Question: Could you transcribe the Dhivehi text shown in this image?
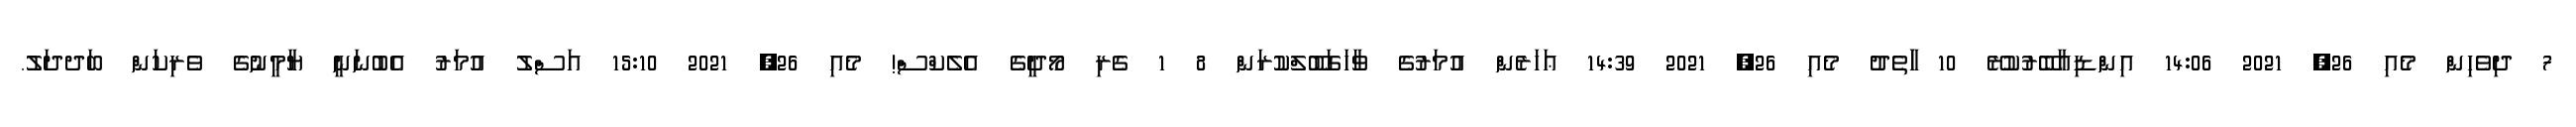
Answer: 7 ދިވެހިން މެއި 26, 2021 14:06 އިންޑިއާބޭރުކުރޭ 10 ާަތެދު މެއި 26, 2021 14:39 ޢަހަރެން އުމަރުގެ ވާހަގަބޫލްކުރަން 8 1 ގެރި މޯދީގެ އެލެކްސް! މެއި 26, 2021 15:10 އަސްލު އުމަރު އެބުނަނީ ޔާމީނުގެ ވެރިކަން ބަދދަލު.